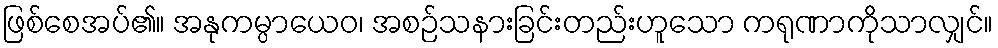
ဖြစ်စေအပ်၏။ အနုကမ္ပာယေဝ၊ အစဉ်သနားခြင်းတည်းဟူသော ကရုဏာကိုသာလျှင်။